Annual statistical returns and brief notes on vaccination in Bengal - 1896-1909
Year: 1896
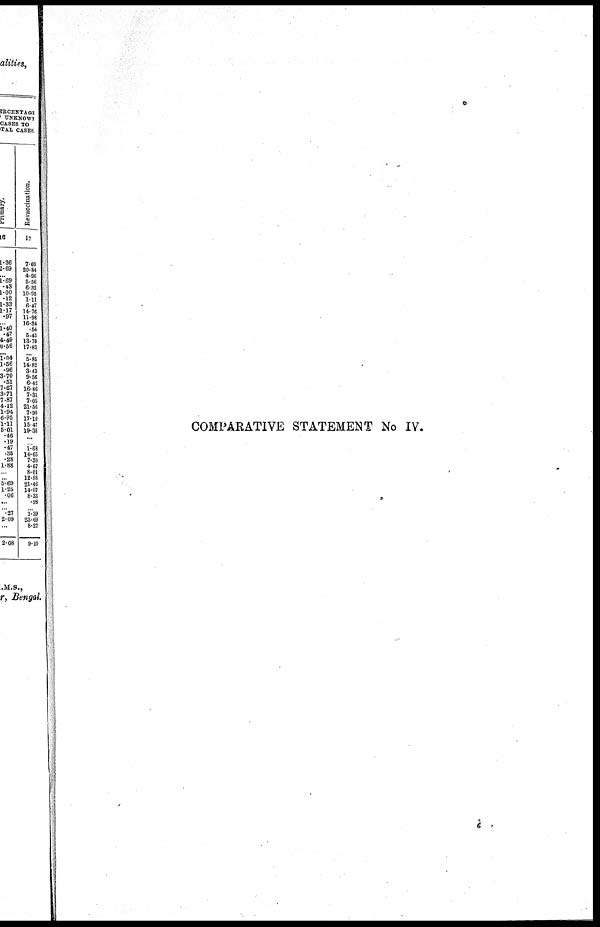
COMPARATIVE STATEMENT No IV.